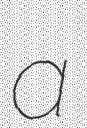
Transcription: a